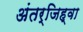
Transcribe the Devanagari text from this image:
अंतर्जिह्वा